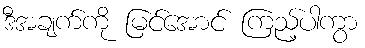
ဒီအချက်ကို မြင်အောင် ကြည့်ပါကွာ